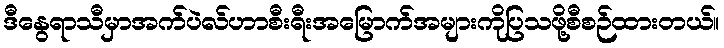
ဒီနွေရာသီမှာအက်ပဲလ်ဟာစီးရီးအမြောက်အများကိုပြသဖို့စီစဉ်ထားတယ်။